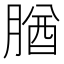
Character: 𦝱